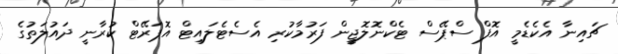
ޗައިނާ އެކެޑެމީ އޮފް ސްޕޭސް ޓެކްނޮލޮޖީން ފަރުމާކުރި އެސެޓެލައިޓް އޮޕަރޭޓް ކުރާނީ ދައުލަތުގެ